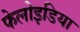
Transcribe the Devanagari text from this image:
फेलोइडिया